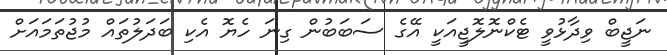
ނަޖީބް ވިދާޅުވީ ޓެކްނޮލޮޖީއަކީ އޭގެ ސަބަބުން ގިނަ ހެޔޮ އެކި ބަދަލުތައް މުޖުތަމައަށް